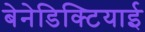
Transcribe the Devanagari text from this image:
बेनेडिक्टियाई